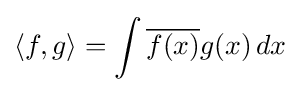
\langle f,g\rangle =\int {\overline {f(x)}}g(x)\,dx